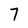
Character: 7